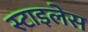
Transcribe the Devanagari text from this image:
स्टाइलेस